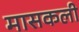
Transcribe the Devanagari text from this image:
मासकली